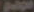
9000